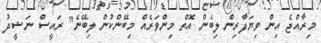
މިރާއްޖެ އިން ވިޔަފާރިން ލިބެން އޮތް މިންވަރެއް މިބޭންކުން ލިބޭނެ" ރައީސް ނަޝީދު